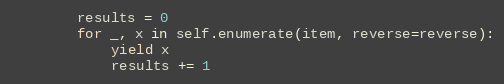
Language: Python
        results = 0
        for _, x in self.enumerate(item, reverse=reverse):
            yield x
            results += 1